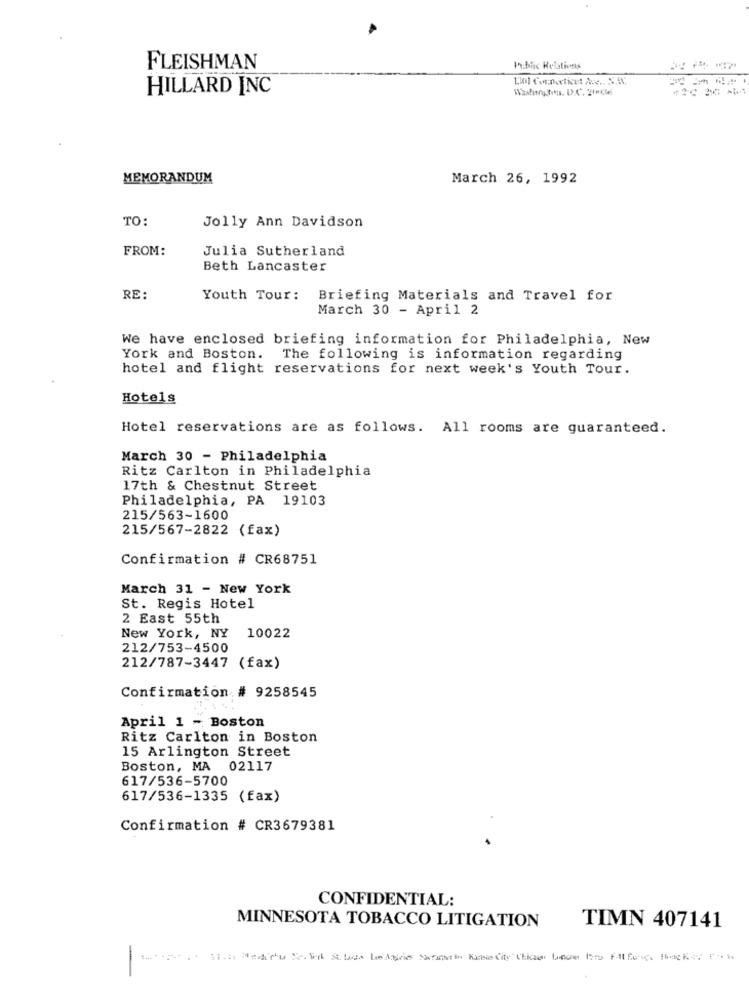
FLEISHMAN
1.blic Relations
HILLARD INC
MEMORANDUM
March 26, 1992
TO:
Jolly Ann Davidson
FROM:
Julia Sutherland
Beth Lancaster
RE:
Youth Tour: Briefing Materials and Travel for
March 30 - April 2
We have enclosed briefing information for Philadelphia, New
York and Boston.
The following is information regarding
hotel and flight reservations for next week's Youth Tour.
Hotels
Hotel reservations are as follows. All rooms are guaranteed.
March 30 - Philadelphia
Ritz Carlton in Philadelphia
17th & Chestnut Street
Philadelphia, PA 19103
215/563-1600
215/567-2822 (fax)
Confirmation # CR68751
March 31 - New York
St. Regis Hotel
2 East 55th
New York, NY 10022
212/753-4500
212/787-3447 (fax)
Confirmation # 9258545
April 1 - Boston
Ritz Carlton in Boston
15 Arlington Street
Boston, MA 02117
617/536-5700
617/536-1335 (fax)
Confirmation # CR3679381
CONFIDENTIAL:
MINNESOTA TOBACCO LITIGATION
TIMN 407141
-